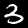
Label: 3